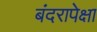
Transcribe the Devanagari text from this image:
बंदरापेक्षा